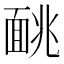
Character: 𫖁